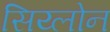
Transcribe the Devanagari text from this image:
सिय्लोन